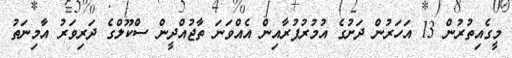
މީގެއިތުރުން 13 އަހަރުން ދަށުގެ އުމުރުފުރާއިން އެއްވަނަ ތާޖުއްދީން ސްކޫލްގެ ދަރިވަރު އާމިނަތު